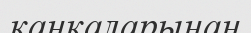
қаңқаларынан